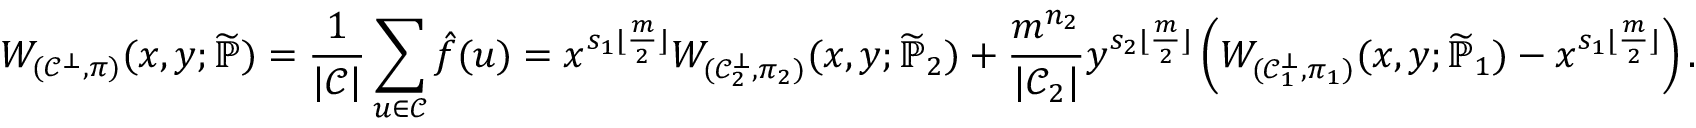
W _ { ( \mathcal { C } ^ { \bot } , \pi ) } ( x , y ; \widetilde { \mathbb { P } } ) = \frac { 1 } { | \mathcal { C } | } \sum _ { u \in \mathcal { C } } \hat { f } ( u ) = x ^ { s _ { 1 } \lfloor \frac { m } { 2 } \rfloor } W _ { ( \mathcal { C } _ { 2 } ^ { \bot } , \pi _ { 2 } ) } ( x , y ; \widetilde { \mathbb { P } } _ { 2 } ) + \frac { m ^ { n _ { 2 } } } { | \mathcal { C } _ { 2 } | } y ^ { s _ { 2 } \lfloor \frac { m } { 2 } \rfloor } \left( W _ { ( \mathcal { C } _ { 1 } ^ { \bot } , \pi _ { 1 } ) } ( x , y ; \widetilde { \mathbb { P } } _ { 1 } ) - x ^ { s _ { 1 } \lfloor \frac { m } { 2 } \rfloor } \right) .